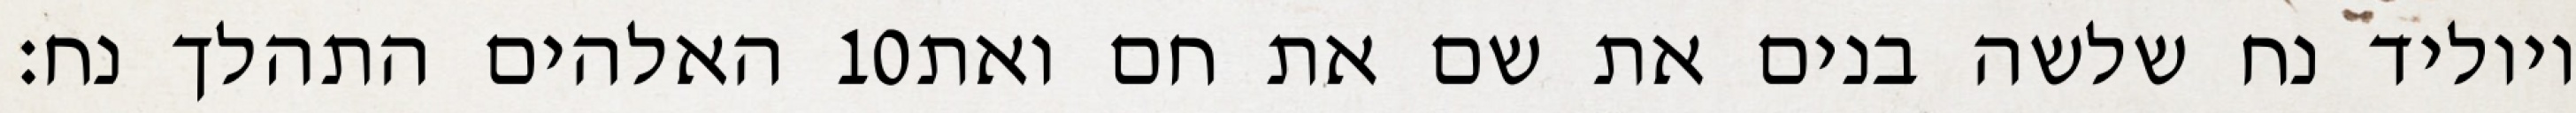
האלהים התהלך נח׃ ‎10‏ ויוליד נח שלשה בנים את שם את חם ואת